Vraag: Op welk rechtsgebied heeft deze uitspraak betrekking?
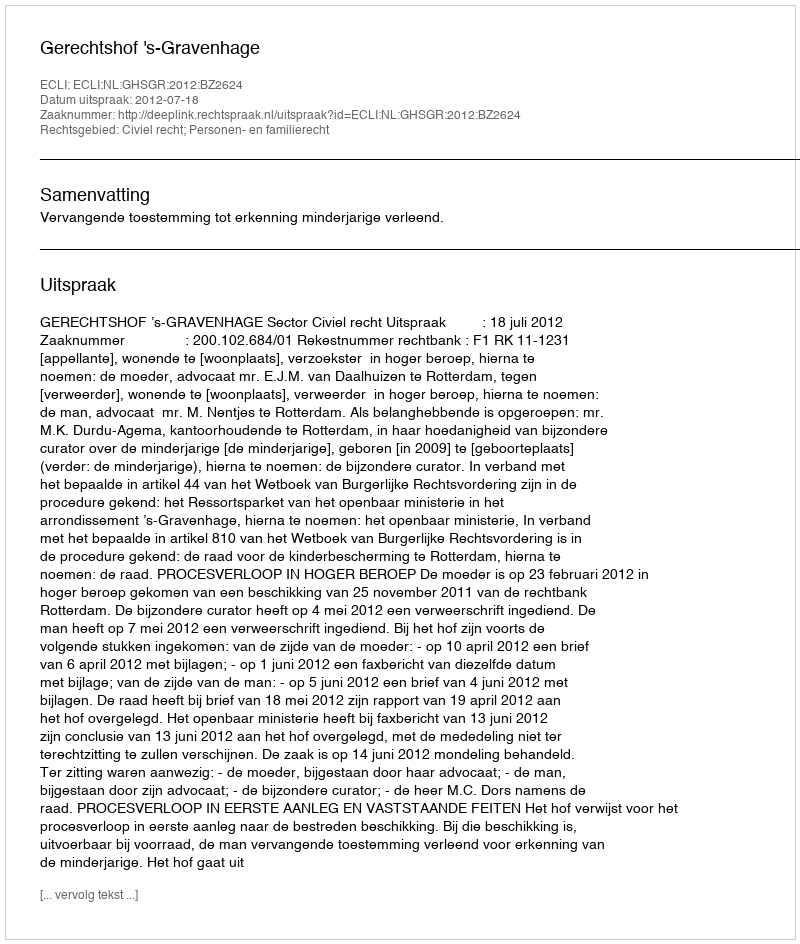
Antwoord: Civiel recht; Personen- en familierecht